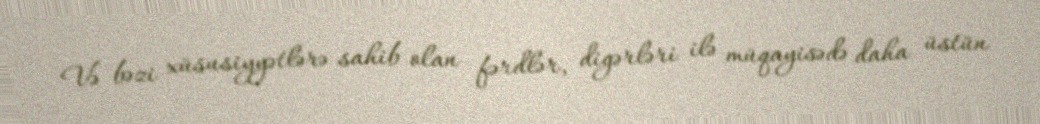
Və bəzi xüsusiyyətlərə sahib olan fərdlər, digərləri ilə müqayisədə daha üstün